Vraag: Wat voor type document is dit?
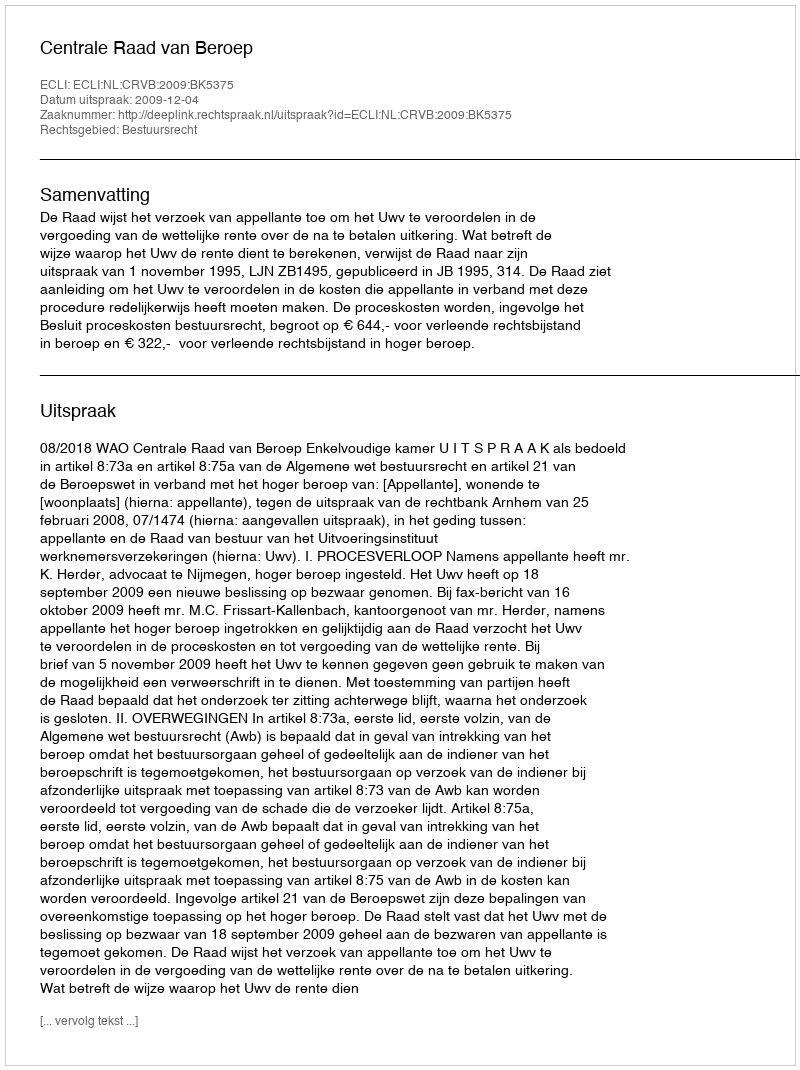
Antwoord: Uitspraak